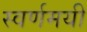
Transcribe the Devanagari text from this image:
स्‍वर्णमयी